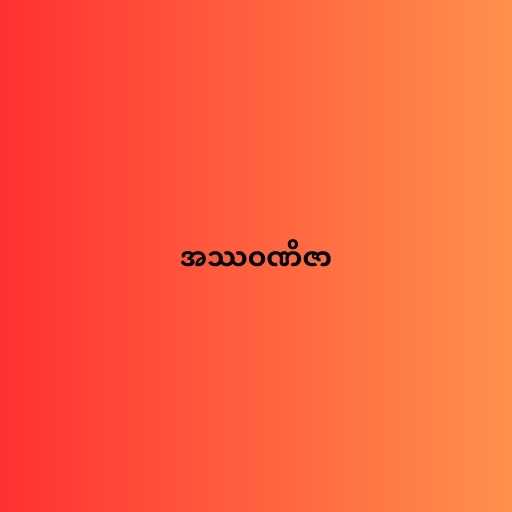
အဿဝဏိဇာ